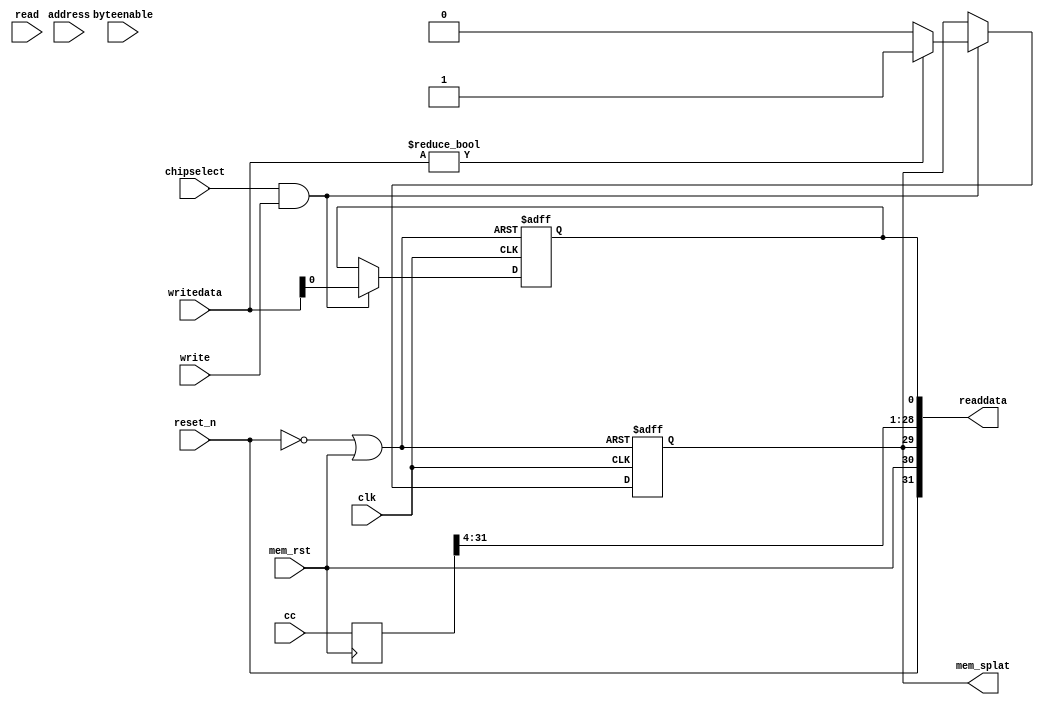
`timescale 1ns / 1ps

// control register
module mem_sdram_interface (
			    // inputs:
			    clk,
			    reset_n,
			    writedata,
			    read,
			    write,
			    byteenable,
			    chipselect,
			    address,
			    mem_rst,
			    
			    // outputs:
			    readdata,
			    mem_splat,
			    cc);
   
   output  [ 31: 0] readdata;
   output 	    mem_splat;
   input 	    mem_rst;

   input [ 31: 0]   writedata;
   input [31:0]     cc;
   
   input [3:0] 	    byteenable;
   input 	    clk, reset_n, read, write, chipselect, address;
   
   wire [ 31: 0]    readdata;

   reg 		    state_splat = 0;
   reg [31:0] 	    regcc = 0;
   reg  	    wd;
   
   assign mem_splat = state_splat;

   wire 	    wr_strobe;
   assign wr_strobe = chipselect && write;

   wire rst = ~reset_n || mem_rst;

   always @(posedge mem_rst) begin
      regcc <= cc;
   end
   
   always @(posedge clk or posedge rst) begin
      if (rst == 1) begin
	 state_splat = 0;
	 wd = 0;
      end
      else if (clk) begin
	 if (wr_strobe) begin
	    state_splat <= writedata ? 1 : 0;
	    wd <= writedata[0];
	 end
      end
   end
   
   assign readdata[31] = reset_n;
   assign readdata[30] = mem_rst;
   assign readdata[29] = state_splat;
   assign readdata[28:1] = regcc[31:4];
   assign readdata[0] = wd;

endmodule